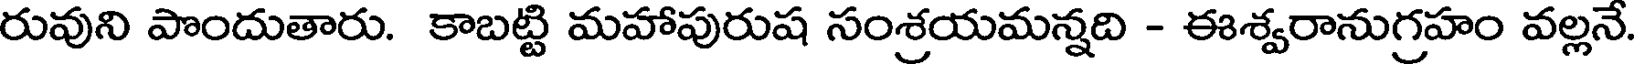
రువుని పొందుతారు. కాబట్టి మహాపురుష సంశ్రయమన్నది - ఈశ్వరానుగ్రహం వల్లనే